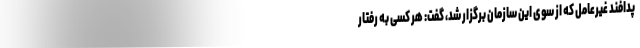
پدافند غیرعامل که از سوی این سازمان برگزار شد، گفت: هر کسی به رفتار